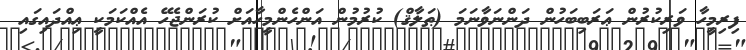
ފިރިމީހާ ވަރިކުރުން ޢަރަބިބަހުން ދަންނަވާނަމަ (ޠަލާޤް) ކުރުމުން އަންހެންމީހާއަށް ކުރަންޖެހޭ އެއްކަމަކީ ޢިއްދައިގައި